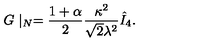
G \mid _ { N } = { \frac { 1 + \alpha } { 2 } } { \frac { \kappa ^ { 2 } } { \sqrt { 2 } \lambda ^ { 2 } } } \hat { I } _ { 4 } .